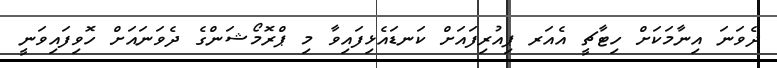
ދެވަނަ އިނާމަކަށް ހިޓާޗީ އެއަރ ޕިއުރިފައަށް ކަނޑައެޅިފައިވާ މި ޕްރޮމޯޝަންގެ ދެވަނައަށް ހޮވިފައިވަނީ